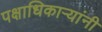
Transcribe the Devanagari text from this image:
पक्षाधिकाऱ्यांनी